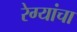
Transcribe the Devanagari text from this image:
रेग्यांचा